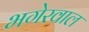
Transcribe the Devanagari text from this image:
भगेरवाल